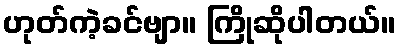
ဟုတ်ကဲ့ခင်ဗျာ။ ကြိုဆိုပါတယ်။